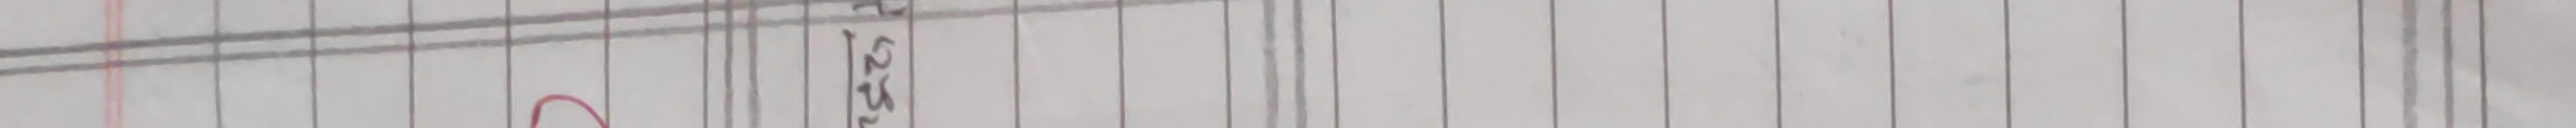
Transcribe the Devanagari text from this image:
१२३ भाउ